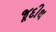
જૂદીથ